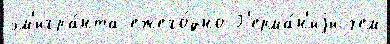
эм'игра́нта ежего́дно Г'ерма́н'иjи чем